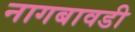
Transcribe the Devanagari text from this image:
नागबावडी